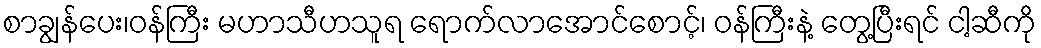
စာချွန်ပေး၊ဝန်ကြီး မဟာသီဟသူရ ရောက်လာအောင်စောင့်၊ ဝန်ကြီးနဲ့ တွေ့ပြီးရင် ငါ့ဆီကို